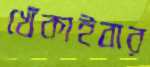
খেঁকাইবার